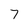
Character: 7